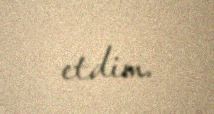
etdim.